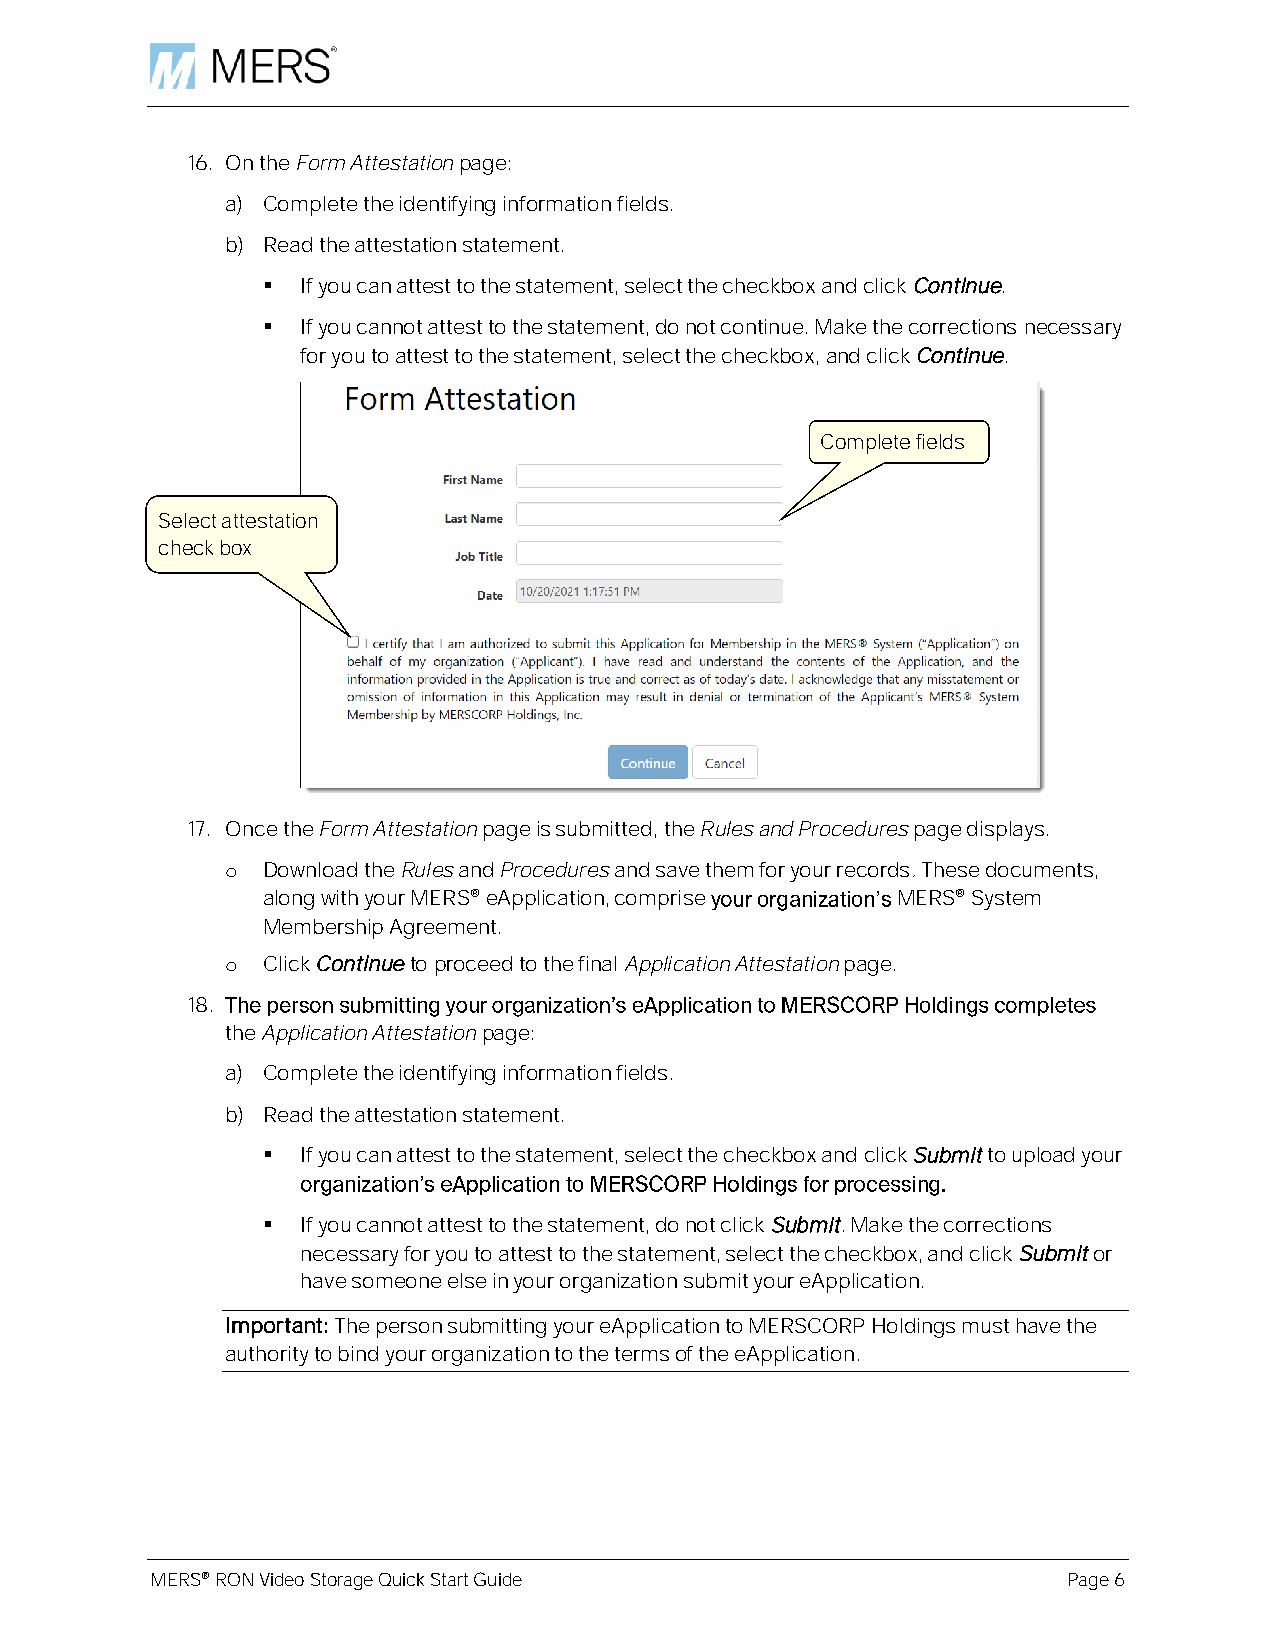
16. On the Form Attestation page:
 a) Complete the identifying information fields.
 b) Read the attestation statement.
 ▪  If you can attest to the statement, select the checkbox and click Continue.
 ▪  If you cannot attest to the statement, do not continue. Make the corrections necessary
 for you to attest to the statement, select the checkbox, and click Continue.
 Complete fields
 Select attestation
 check box
 17. Once the Form Attestation page is submitted, the Rules and Procedures page displays.
 o Download the Rules and Procedures and save them for your records. These documents,
 along with your MERS® eApplication, comprise MERS® System
 Membership Agreement.
 o Click Continue to proceed to the final Application Attestation page.
 18.
 the Application Attestation page:
 a) Complete the identifying information fields.
 b) Read the attestation statement.
 ▪  If you can attest to the statement, select the checkbox and click Submit to upload your
 ▪  If you cannot attest to the statement, do not click Submit. Make the corrections
 necessary for you to attest to the statement, select the checkbox, and click Submit or
 have someone else in your organization submit your eApplication.
 Important: The person submitting your eApplication to MERSCORP Holdings must have the
 authority to bind your organization to the terms of the eApplication.
 MERS® RON Video Storage Quick Start Guide                    Page 6